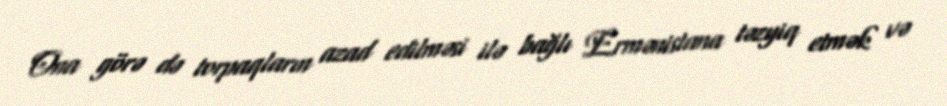
Ona görə də torpaqların azad edilməsi ilə bağlı Ermənistana təzyiq etmək və